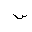
Letter: _sin